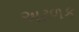
અઢળક